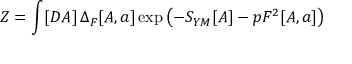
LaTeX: Z = \int [ D A ] \, \Delta _ { F } [ A , a ] \exp \left( - S _ { Y M } [ A ] - p F ^ { 2 } [ A , a ] \right)